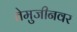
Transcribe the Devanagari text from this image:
तेमुजीनवर